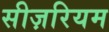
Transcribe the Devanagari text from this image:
सीज़रियम